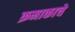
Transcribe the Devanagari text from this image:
क्रमाकाचे